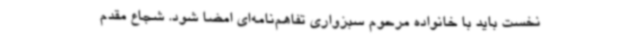
نخست باید با خانواده مرحوم سبزواری تفاهم‌نامه‌ای امضا شود. شجاع مقدم